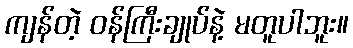
ကျန်တဲ့ ဝန်ကြီးချုပ်နဲ့ မတူပါဘူး။